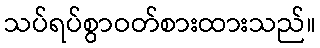
သပ်ရပ်စွာဝတ်စားထားသည်။